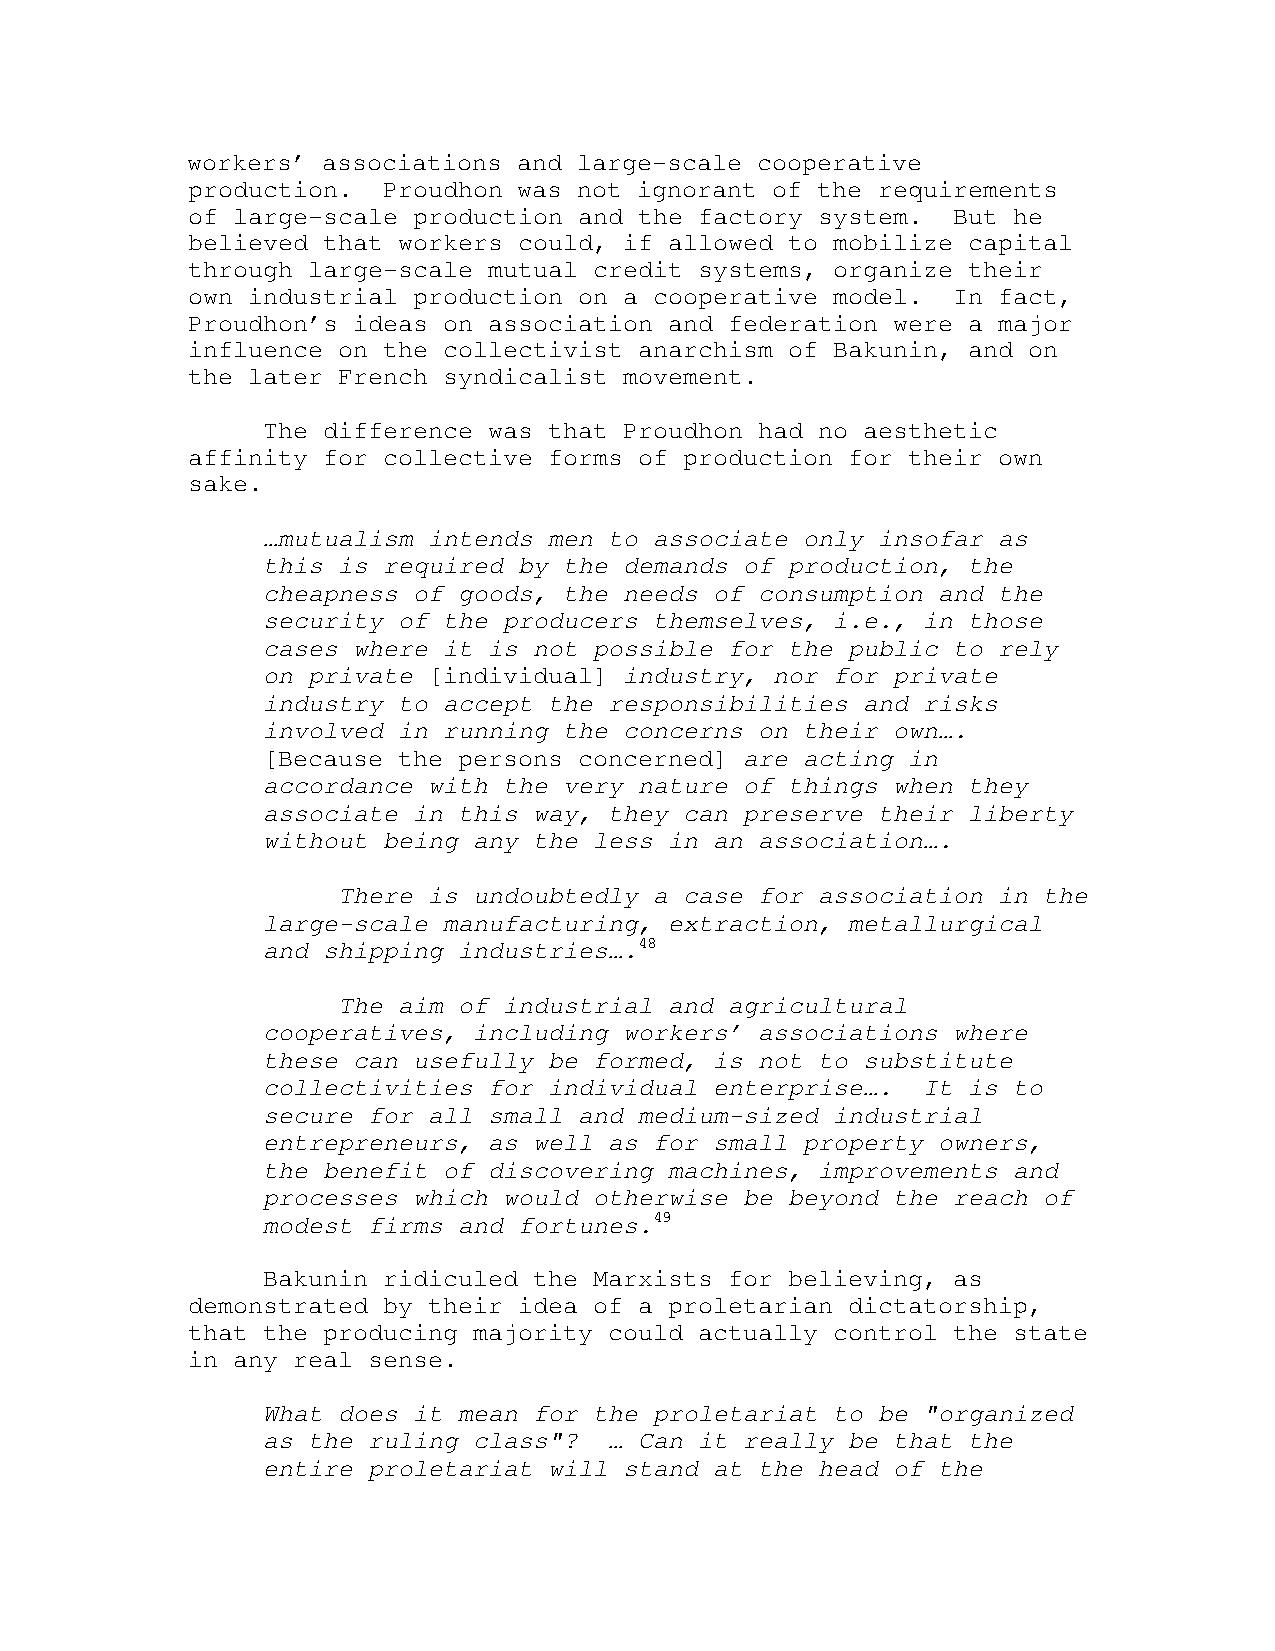
workers’ associations and large-scale cooperative
 production.  Proudhon was not ignorant of the requirements
 of large-scale production and the factory system.  But he
 believed that workers could, if allowed to mobilize capital
 through large-scale mutual credit systems, organize their
 own industrial production on a cooperative model.  In fact,
 Proudhon’s ideas on association and federation were a major
 influence on the collectivist anarchism of Bakunin, and on
 the later French syndicalist movement.
 The difference was that Proudhon had no aesthetic
 affinity for collective forms of production for their own
 sake.
 …mutualism intends men to associate only insofar as
 this is required by the demands of production, the
 cheapness of goods, the needs of consumption and the
 security of the producers themselves, i.e., in those
 cases where it is not possible for the public to rely
 on private [individual] industry, nor for private
 industry to accept the responsibilities and risks
 involved in running the concerns on their own….
 [Because the persons concerned] are acting in
 accordance with the very nature of things when they
 associate in this way, they can preserve their liberty
 without being any the less in an association….
 There is undoubtedly a case for association in the
 large-scale manufacturing, extraction, metallurgical
 and shipping industries….48
 The aim of industrial and agricultural
 cooperatives, including workers’ associations where
 these can usefully be formed, is not to substitute
 collectivities for individual enterprise….  It is to
 secure for all small and medium-sized industrial
 entrepreneurs, as well as for small property owners,
 the benefit of discovering machines, improvements and
 processes which would otherwise be beyond the reach of
 modest firms and fortunes.49
 Bakunin ridiculed the Marxists for believing, as
 demonstrated by their idea of a proletarian dictatorship,
 that the producing majority could actually control the state
 in any real sense.
 What does it mean for the proletariat to be "organized
 as the ruling class"?  … Can it really be that the
 entire proletariat will stand at the head of the